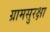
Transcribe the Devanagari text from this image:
ग्रामसुरक्षा